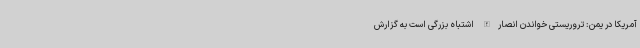
آمریکا در یمن: تروریستی خواندن انصارالله اشتباه بزرگی است به گزارش